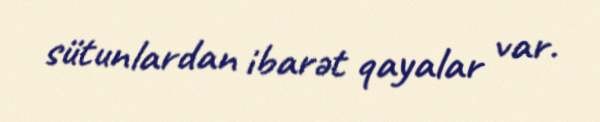
sütunlardan ibarət qayalar var.